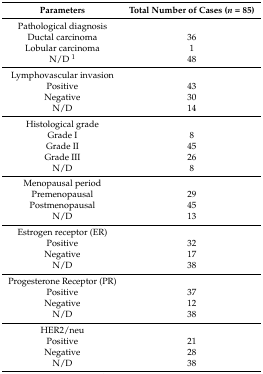
<table><thead><tr><td><b>Parameters</b></td><td><b>Total Number of Cases (<i>n</i> = 85)</b></td></tr></thead><tbody><tr><td>Pathological diagnosis</td><td></td></tr><tr><td>Ductal carcinoma</td><td>36</td></tr><tr><td>Lobular carcinoma</td><td>1</td></tr><tr><td>N/D <sup>1</sup></td><td>48</td></tr><tr><td>Lymphovascular invasion</td><td></td></tr><tr><td>Positive</td><td>43</td></tr><tr><td>Negative</td><td>30</td></tr><tr><td>N/D</td><td>14</td></tr><tr><td>Histological grade</td><td></td></tr><tr><td>Grade I</td><td>8</td></tr><tr><td>Grade II</td><td>45</td></tr><tr><td>Grade III</td><td>26</td></tr><tr><td>N/D</td><td>8</td></tr><tr><td>Menopausal period</td><td></td></tr><tr><td>Premenopausal</td><td>29</td></tr><tr><td>Postmenopausal</td><td>45</td></tr><tr><td>N/D</td><td>13</td></tr><tr><td>Estrogen receptor (ER)</td><td></td></tr><tr><td>Positive</td><td>32</td></tr><tr><td>Negative</td><td>17</td></tr><tr><td>N/D</td><td>38</td></tr><tr><td>Progesterone Receptor (PR)</td><td></td></tr><tr><td>Positive</td><td>37</td></tr><tr><td>Negative</td><td>12</td></tr><tr><td>N/D</td><td>38</td></tr><tr><td>HER2/neu</td><td></td></tr><tr><td>Positive</td><td>21</td></tr><tr><td>Negative</td><td>28</td></tr><tr><td>N/D</td><td>38</td></tr></tbody></table>